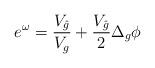
LaTeX: \begin{align*}e^{\omega}=\frac{V_{\hat g}}{V_{g}}+\frac{V_{\hat g}}{2}\Delta_{g}\phi\end{align*}